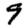
Digit: 9